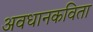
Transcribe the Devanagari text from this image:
अवधानकविता